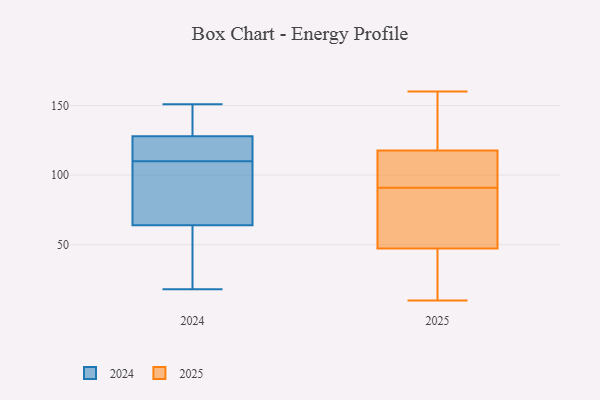
{"axis": {"x": "Headcount", "y": "Value"}, "legend": ["2024", "2025"], "data": [{"x": "", "y": 127, "type": "2024"}, {"x": "", "y": 130, "type": "2024"}, {"x": "", "y": 151, "type": "2024"}, {"x": "", "y": 18, "type": "2024"}, {"x": "", "y": 88, "type": "2024"}, {"x": "", "y": 54, "type": "2024"}, {"x": "", "y": 143, "type": "2024"}, {"x": "", "y": 129, "type": "2024"}, {"x": "", "y": 46, "type": "2024"}, {"x": "", "y": 74, "type": "2024"}, {"x": "", "y": 35, "type": "2024"}, {"x": "", "y": 116, "type": "2024"}, {"x": "", "y": 123, "type": "2024"}, {"x": "", "y": 113, "type": "2024"}, {"x": "", "y": 107, "type": "2024"}, {"x": "", "y": 107, "type": "2024"}, {"x": "", "y": 119, "type": "2025"}, {"x": "", "y": 59, "type": "2025"}, {"x": "", "y": 91, "type": "2025"}, {"x": "", "y": 76, "type": "2025"}, {"x": "", "y": 160, "type": "2025"}, {"x": "", "y": 157, "type": "2025"}, {"x": "", "y": 92, "type": "2025"}, {"x": "", "y": 20, "type": "2025"}, {"x": "", "y": 152, "type": "2025"}, {"x": "", "y": 57, "type": "2025"}, {"x": "", "y": 102, "type": "2025"}, {"x": "", "y": 44, "type": "2025"}, {"x": "", "y": 10, "type": "2025"}, {"x": "", "y": 44, "type": "2025"}, {"x": "", "y": 114, "type": "2025"}]}